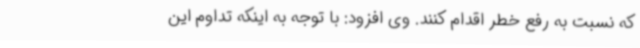
که نسبت به رفع خطر اقدام کنند. وی افزود: با توجه به اینکه تداوم این